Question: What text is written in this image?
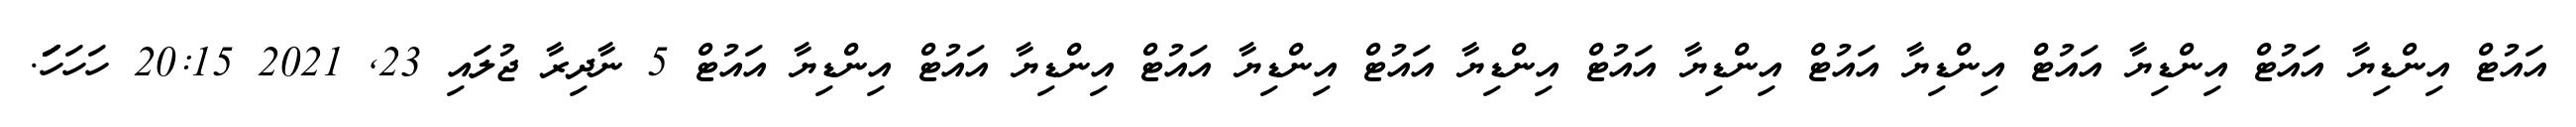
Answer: އައުޓް އިންޑިޔާ އައުޓް އިންޑިޔާ އައުޓް އިންޑިޔާ އައުޓް އިންޑިޔާ އައުޓް އިންޑިޔާ އައުޓް އިންޑިޔާ އައުޓް އިންޑިޔާ އައުޓް އިންޑިޔާ އައުޓް 5 ނާދިރާ ޖުލައި 23, 2021 20:15 ހަހަހަަަަަަަަަ.